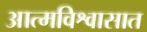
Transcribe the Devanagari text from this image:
आत्मविश्वासात